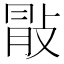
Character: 𢽢